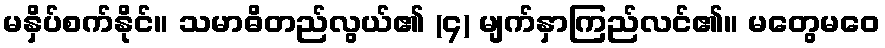
မနှိပ်စက်နိုင်။ သမာဓိတည်လွယ်၏ (၄) မျက်နှာကြည်လင်၏။ မတွေမဝေ